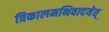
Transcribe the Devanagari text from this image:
त्रिकालमभिवादयेत्